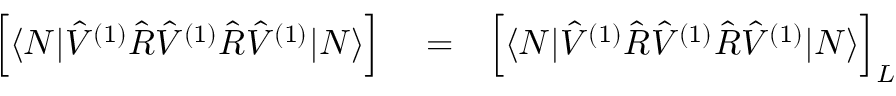
\begin{array} { r l r } { \Big [ \langle N | \hat { V } ^ { ( 1 ) } \hat { R } \hat { V } ^ { ( 1 ) } \hat { R } \hat { V } ^ { ( 1 ) } | N \rangle \Big ] } & { { } = } & { \Big [ \langle N | \hat { V } ^ { ( 1 ) } \hat { R } \hat { V } ^ { ( 1 ) } \hat { R } \hat { V } ^ { ( 1 ) } | N \rangle \Big ] _ { { L } } } \end{array}